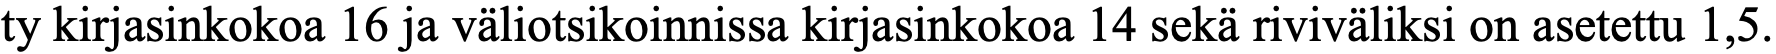
ty kirjasinkokoa 16 ja väliotsikoinnissa kirjasinkokoa 14 sekä riviväliksi on asetettu 1,5.